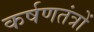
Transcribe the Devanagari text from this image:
कर्षणतंत्रों